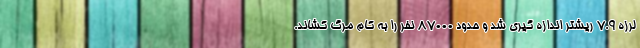
لرزه ۷.۹ ریشتر اندازه گیری شد و حدود ۸۷۰۰۰ نفر را به کام مرگ کشاند.